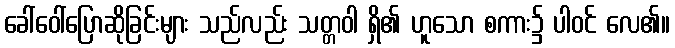
ခေါ်ဝေါ်ပြောဆိုခြင်းများ သည်လည်း သတ္တဝါ ရှိ၏ ဟူသော စကား၌ ပါဝင် လေ၏။